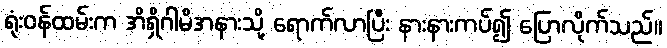
ရုံးဝန်ထမ်းက အိရှိဂါမိအနားသို့ ရောက်လာပြီး နားနားကပ်၍ ပြောလိုက်သည်။